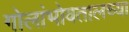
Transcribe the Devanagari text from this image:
गोलांभोवतालच्या